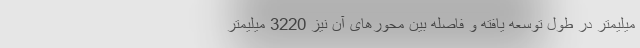
میلیمتر در طول توسعه یافته و فاصله بین محورهای آن نیز 3220 میلیمتر